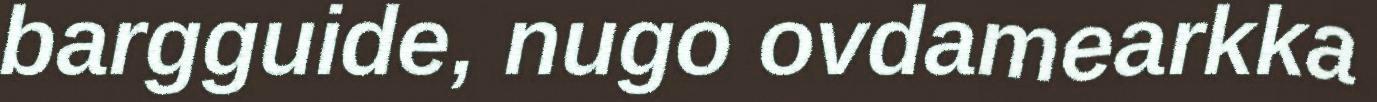
bargguide, nugo ovdamearkka